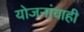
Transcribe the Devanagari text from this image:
योजनांचाही